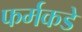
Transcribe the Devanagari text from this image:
फर्मकडे